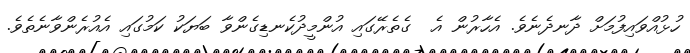
ހުޅުއްވައިފުމަށް ދާނދެނެވެ. އެހާރުން އެ  ގެތެރޭގައި އުންމީދުކެނޑިގެންވާ ބަޔަކު ކަމުގައި އެއުރެންވާނެތެވެ.